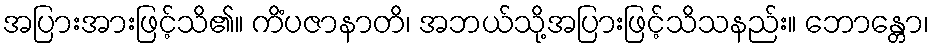
အပြားအားဖြင့်သိ၏။ ကိံပဇာနာတိ၊ အဘယ်သို့အပြားဖြင့်သိသနည်း။ ဘောန္တော၊